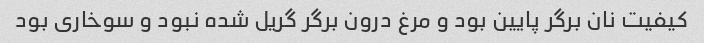
کیفیت نان برگر پایین بود و مرغ درون برگر گریل شده نبود و سوخاری بود